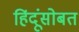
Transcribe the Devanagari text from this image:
हिंदूंसोबत